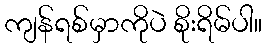
ကျန်ရစ်မှာကိုပဲ စိုးရိမ်ပါ။